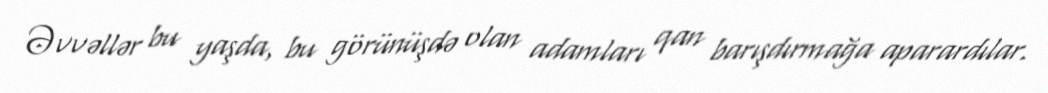
Əvvəllər bu yaşda, bu görünüşdə olan adamları qan barışdırmağa aparardılar.